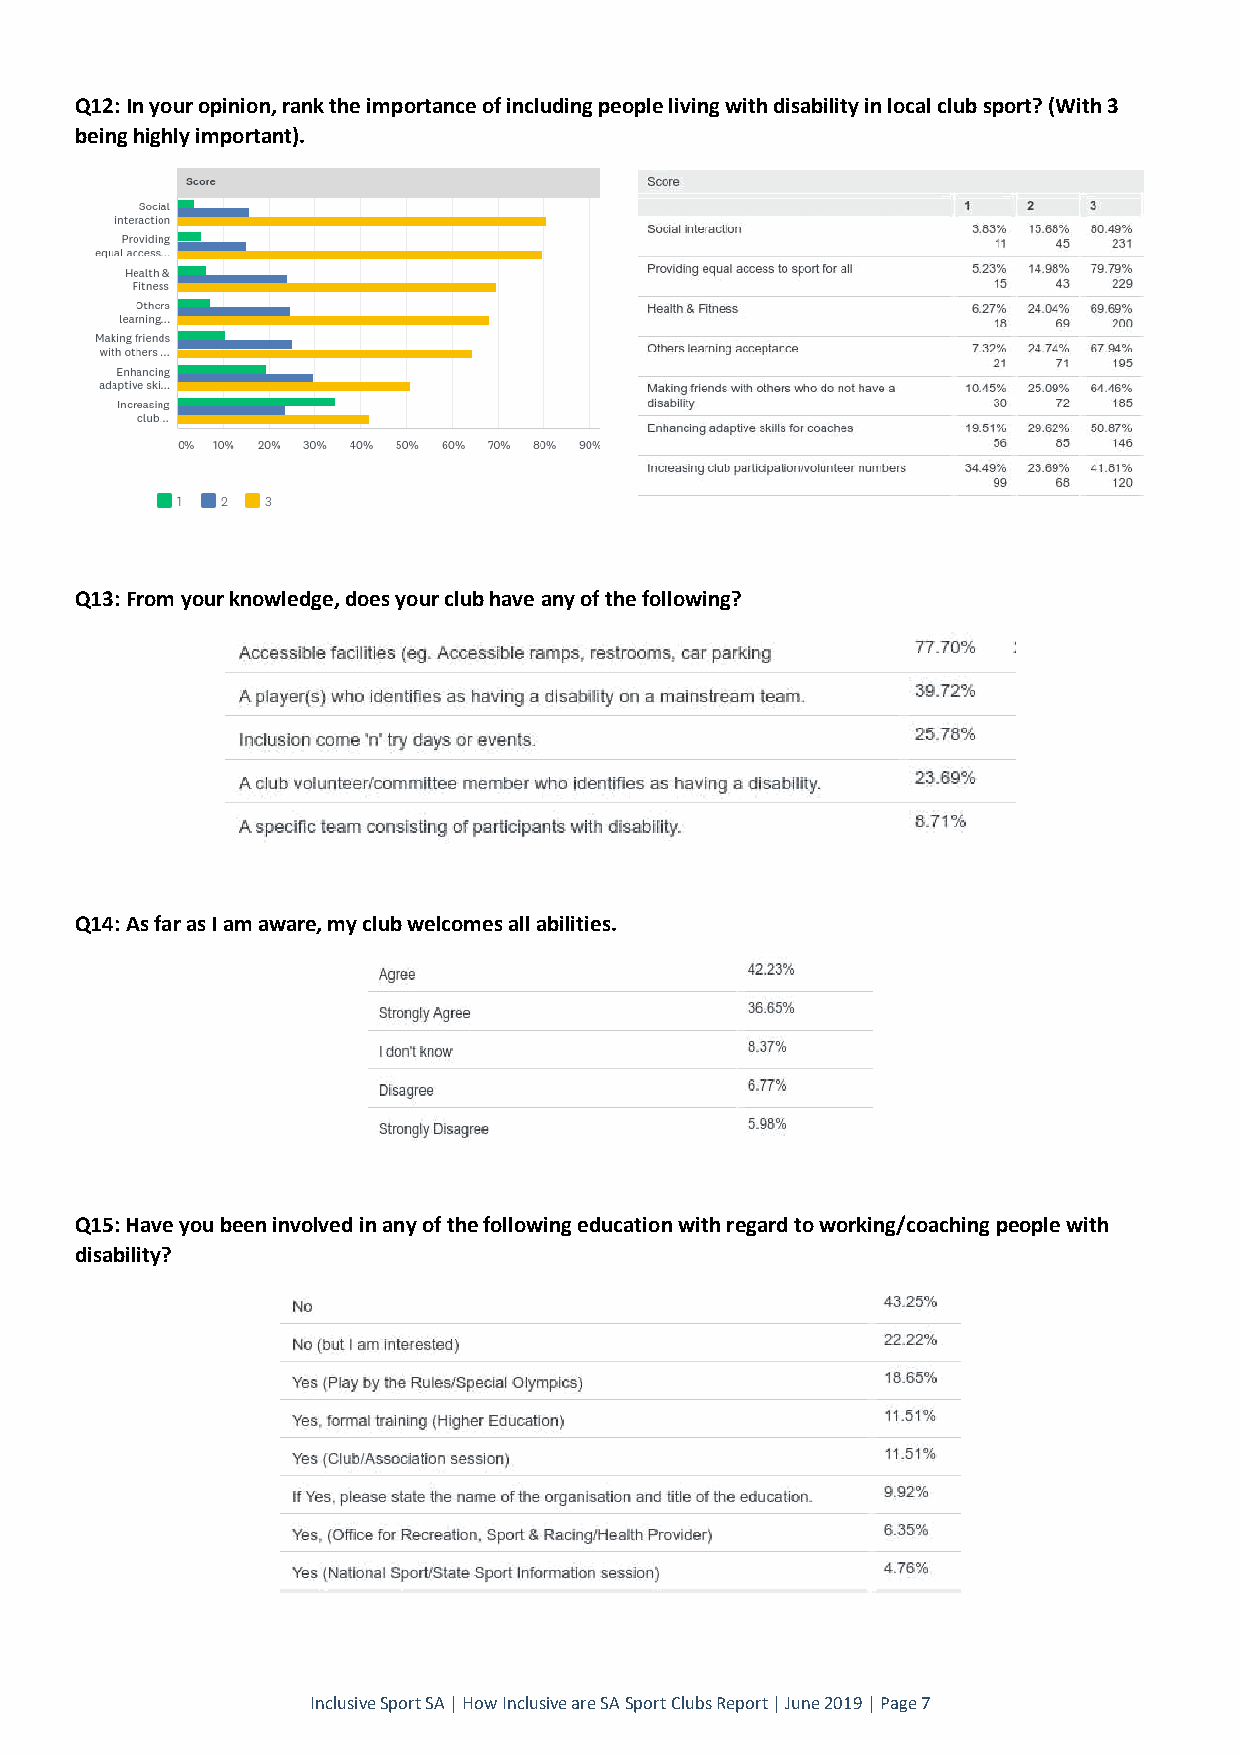
Q12: In your opinion, rank the importance of including people living with disability in local club sport? (With 3
 being highly important).
 Q13: From your knowledge, does your club have any of the following?
 Q14: As far as I am aware, my club welcomes all abilities.
 Q15: Have you been involved in any of the following education with regard to working/coaching people with
 disability?
 Inclusive Sport SA | How Inclusive are SA Sport Clubs Report | June 2019 | Page 7